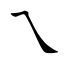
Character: ㇝